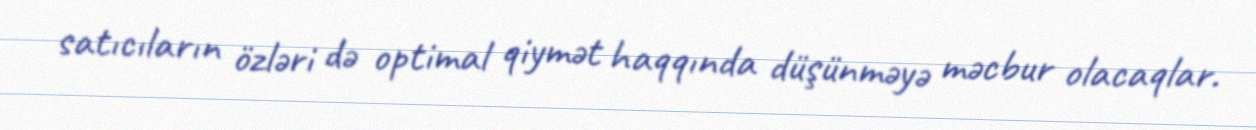
satıcıların özləri də optimal qiymət haqqında düşünməyə məcbur olacaqlar.